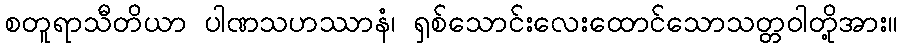
စတူရာသီတိယာ ပါဏသဟဿာနံ၊ ရှစ်သောင်းလေးထောင်သောသတ္တဝါတို့အား။